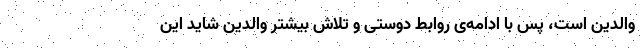
والدین است، پس با ادامه‌ی روابط دوستی و تلاش بیشتر والدین شاید این